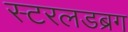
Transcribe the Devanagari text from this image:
स्टरलडब्रग